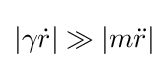
\left\vert \gamma {\dot {r}}\right\vert \gg \left\vert m{\ddot {r}}\right\vert